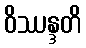
ဝိဿန္ဒတိ